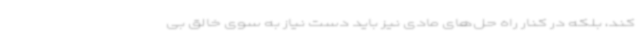
کند، بلکه در کنار راه حل‌های مادی نیز باید دست نیاز به سوی خالق بی